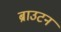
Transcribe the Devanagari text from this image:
ब्राउटन